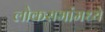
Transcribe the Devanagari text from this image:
लोकसभांमध्ये